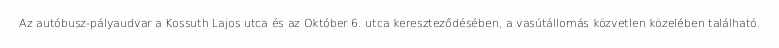
Az autóbusz-pályaudvar a Kossuth Lajos utca és az Október 6. utca kereszteződésében, a vasútállomás közvetlen közelében található.